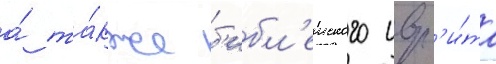
а́ та́кже б'ибл'еиского ивр'и́та